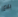
بلاغ